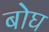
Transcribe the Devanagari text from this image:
बोघ